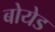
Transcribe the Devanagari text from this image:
बोयेड